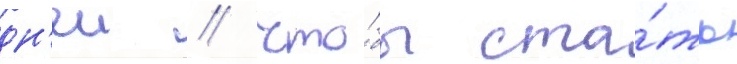
дн'еи / что́бы ста́ть